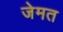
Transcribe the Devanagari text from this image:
जेमत